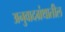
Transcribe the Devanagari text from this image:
अनुवादग्रंथातील